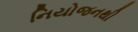
નિયોજનથી